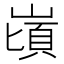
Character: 𪩌